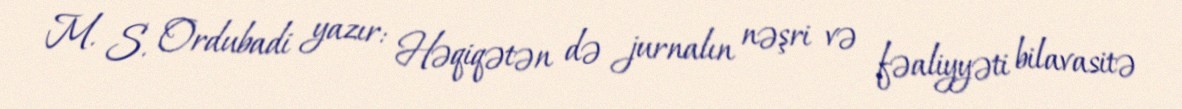
M. S. Ordubadi yazır: Həqiqətən də jurnalın nəşri və fəaliyyəti bilavasitə